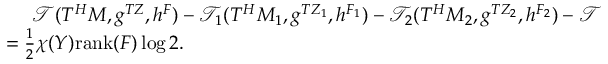
\begin{array} { r l } & { \ \ \ \ \mathcal { T } ( T ^ { H } M , g ^ { T Z } , h ^ { F } ) - \mathcal { T } _ { 1 } ( T ^ { H } M _ { 1 } , g ^ { T Z _ { 1 } } , h ^ { F _ { 1 } } ) - \mathcal { T } _ { 2 } ( T ^ { H } M _ { 2 } , g ^ { T Z _ { 2 } } , h ^ { F _ { 2 } } ) - \mathcal { T } } \\ & { = \frac { 1 } { 2 } \chi ( Y ) \mathrm { r a n k } ( F ) \log 2 . } \end{array}